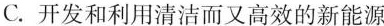
C.开发和利用清洁而又高效的新能源